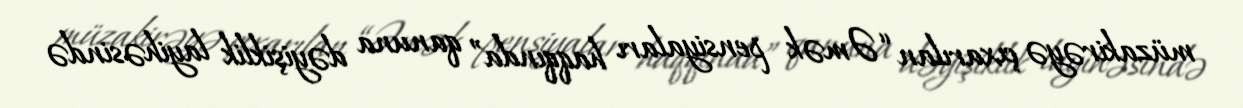
müzakirəyə çıxarılan “Əmək pensiyaları haqqında” qanuna dəyişiklik layihəsində